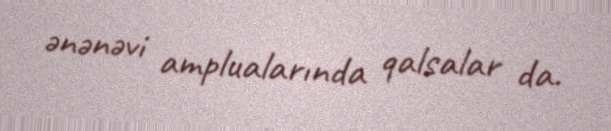
ənənəvi amplualarında qalsalar da.